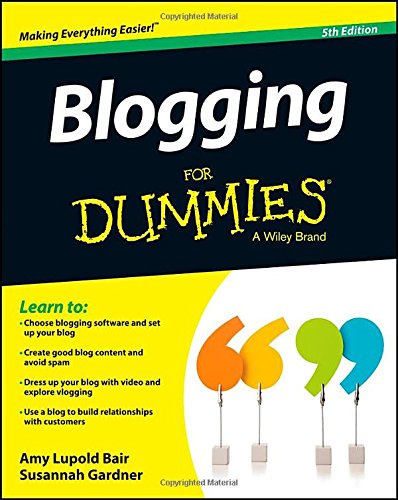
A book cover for Blogging For Dummies; Amy Lupold Bair; Computers & Technology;